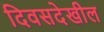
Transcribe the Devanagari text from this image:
दिवसदेखील